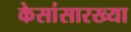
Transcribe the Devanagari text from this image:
केसांसारख्या